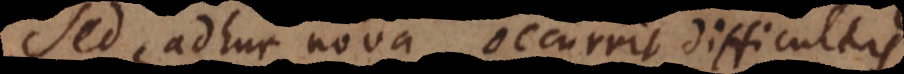
Sed adhuc nova occurrit difficultas: